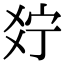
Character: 𤕞